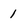
Character: 1